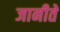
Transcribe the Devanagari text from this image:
जानीते